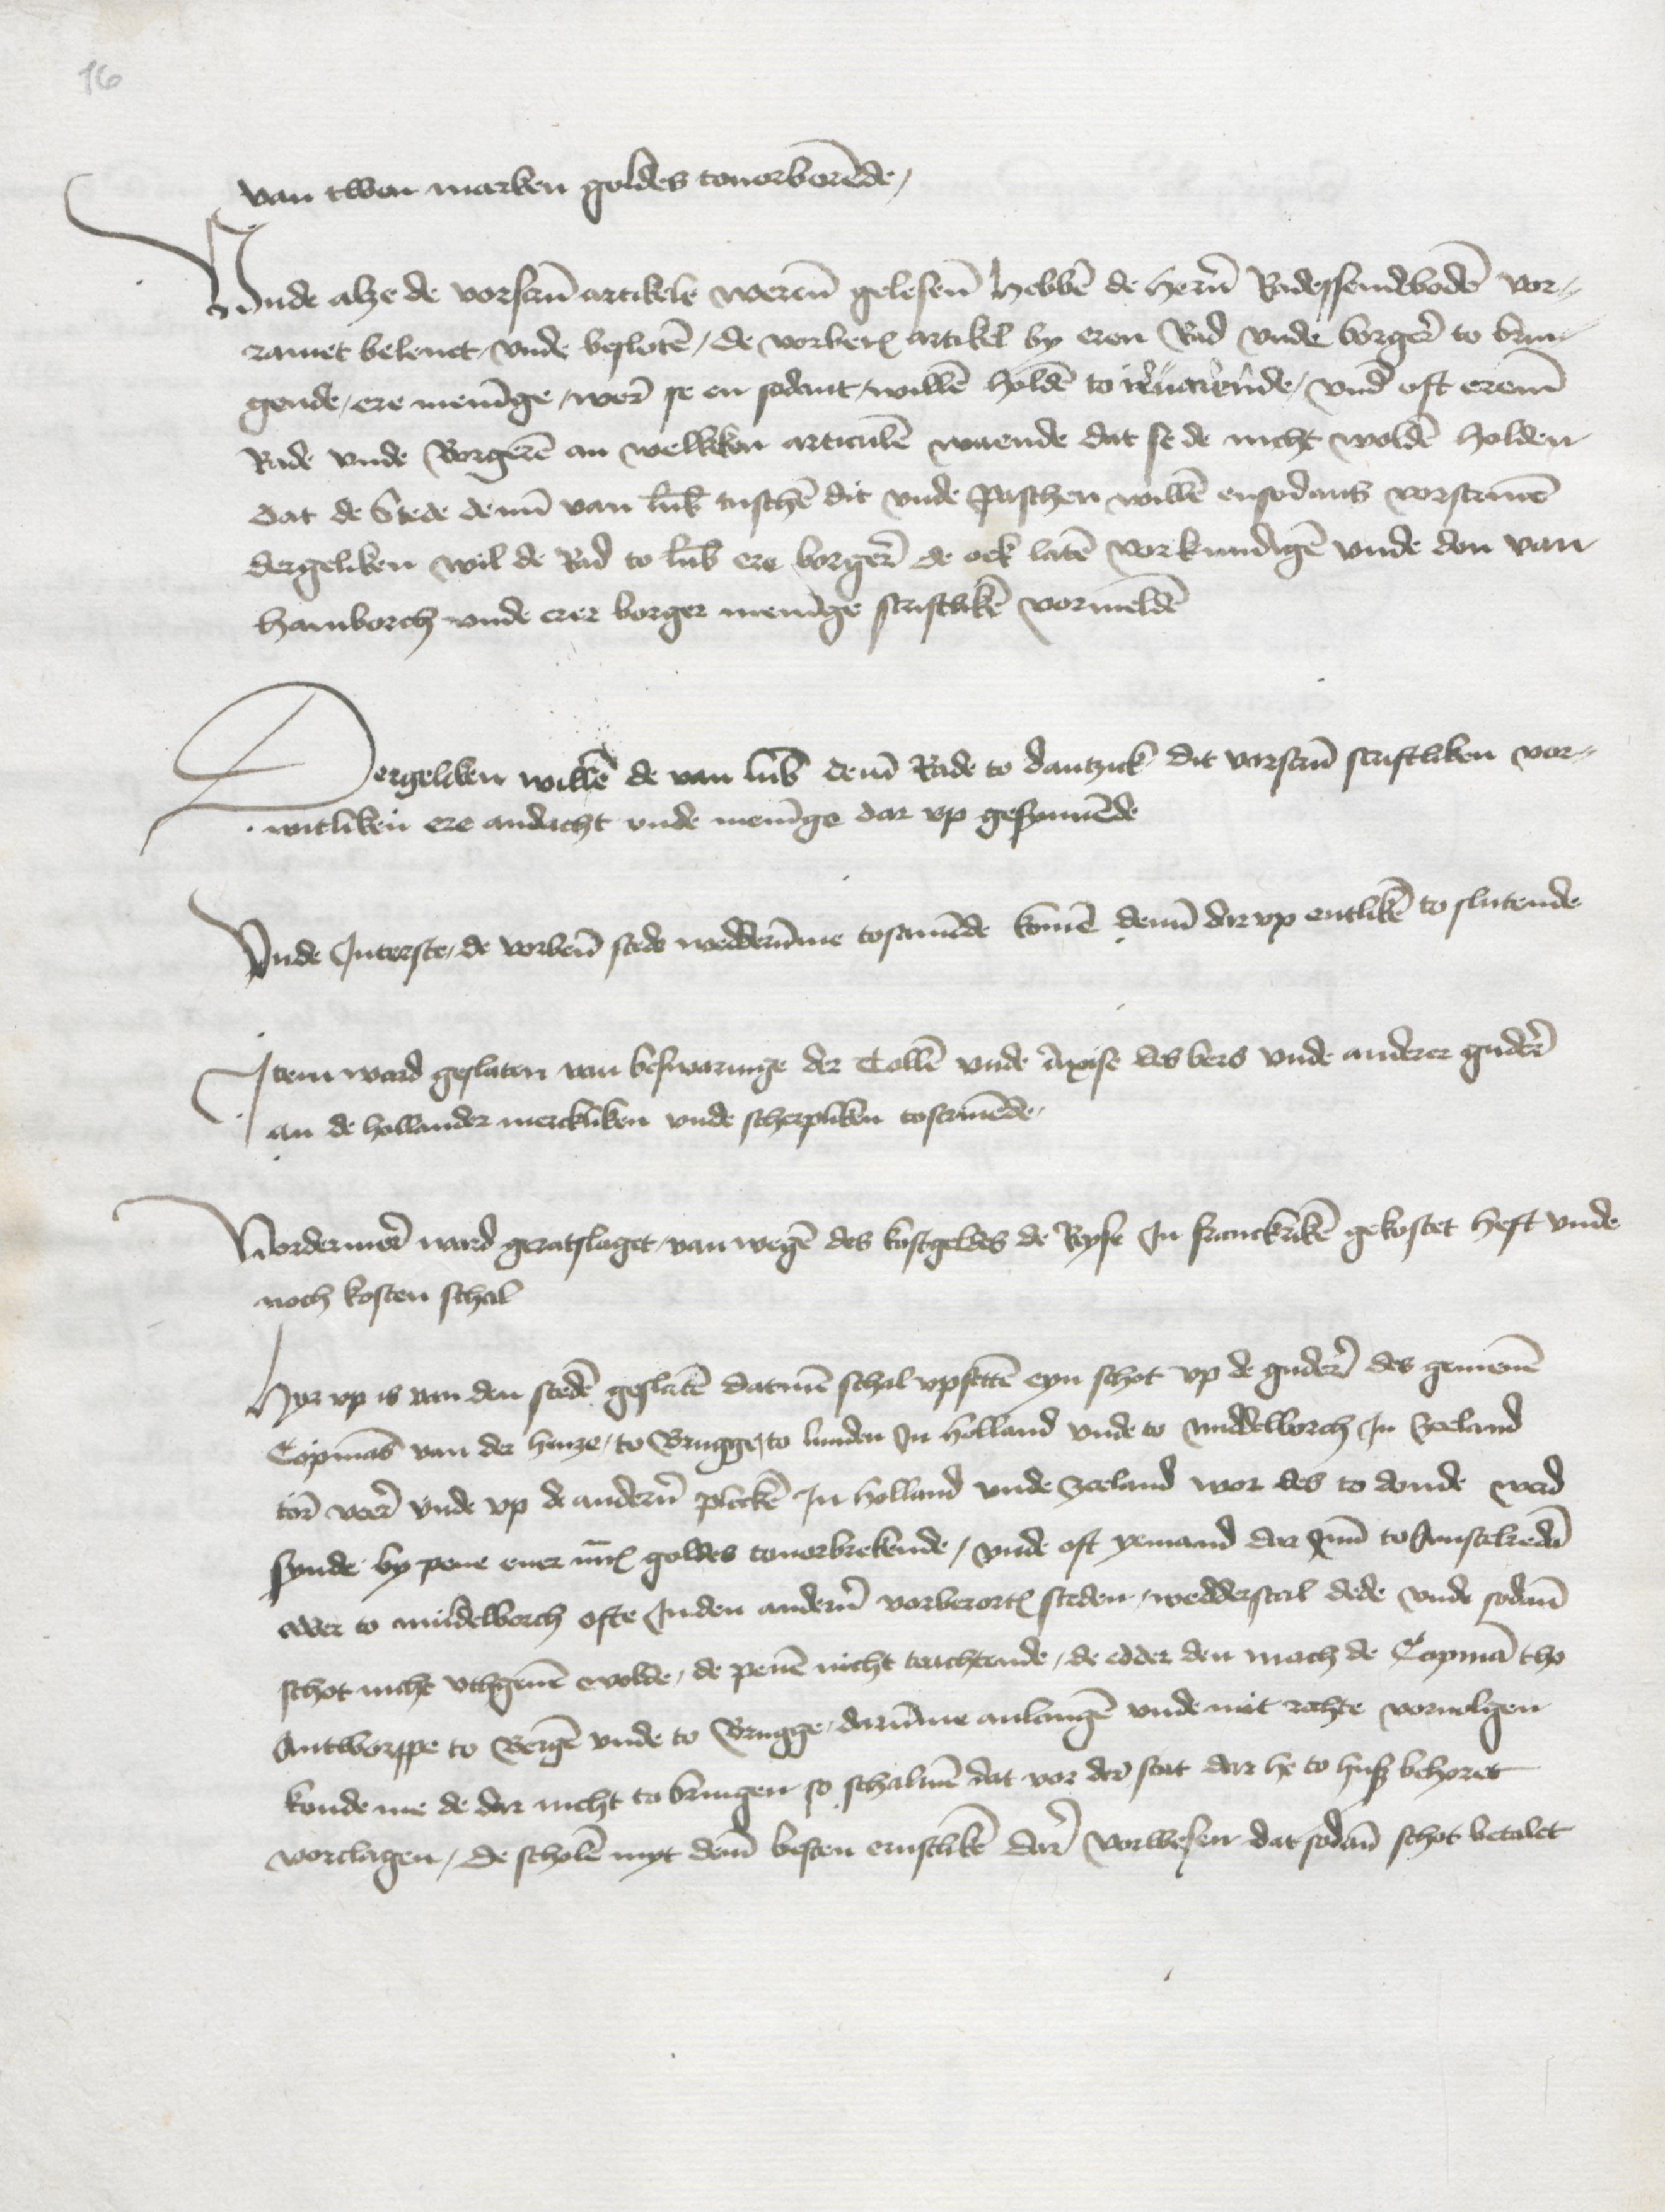
van twen marken goldes touorborende,

Vnde alze de vorscreuen artikele werenen gelesene hebben de heren Radessendeboden vor¬
ramet beleuet, vnde besloten, de vorberorden artikel by eren Rad vnde borgere to brin¬
gende, ere meninge, weren se en sodane willen holden to iruarende, vnde oft ereme
Rade vnde Borgeren an welkken articulen waende dat se de nicht wolden holden
dat de Stede denne van Lubeke tuschen dit vnde paschen willen ensodans vorscreuen
dergeliken wil de Rad to Lubeke ere borgeren de ock laten vorkundigen vnde don van
Hamborch vnde erer borger meninge scriftliken vormelden

Dergeliken willen de van Lubeke deme Rade to Dantzick dit vorscruen scriftliken vor¬
witliken ere andacht vnde meninge dar vp gesynnende

Vnde Jnterste, de vorbenomeden stede wedderumme toscriuende komen denne dar vp entliken to slutende

Jtem ward geslaten van beswaringe der Tollen vnde Axise des bers vnde anderer gudere
an de hollander merckliken vnde scherpliken toscriuende

Vordermeer ward geratslaget van wegen des kostgeldes de Reyse Jn Franckriken gekostet heft vnde
noch kosten schal

Hyr vp is van den steden geslaten datmen schal vpsetten eyn schot vp de gudere des gemenen
Copmans van der henze, to Brugge, to Lunden Jn Holland vnde to Middelborch Jn zeeland
tore voeren vnde vp de anderen plecken Jn Holland vnde Zeeland wor des to donde werd
synde by pene ener mark goldes touorbrekende, vnde oft yemand dar Jnne to Amstelredam
edder to Middelborch ofte Jnden anderen vorberorten steden, wedderscal dede vnde sodanen
schot nicht vthgeuen wolde, de penen nicht toachtende, de edder den mach de Copman tho
Antworppe to Bergen vnde to Brugge, darumme anlangen vnde mit rechte vorvuolgen
konde me de dar nicht to bringen so schalmen dat vor der stat der he to huß behoret
vorclagen, de scholen myt deme besten ernstliken dar vorwesen dat sodane schot betalet